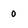
Character: 0